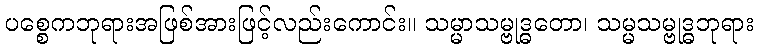
ပစ္စေကဘုရားအဖြစ်အားဖြင့်လည်းကောင်း။ သမ္မာသမ္ဗုဒ္ဓတော၊ သမ္မသမ္ဗုဒ္ဓဘုရား